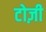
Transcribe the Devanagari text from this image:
टोज़ी